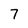
Character: 7